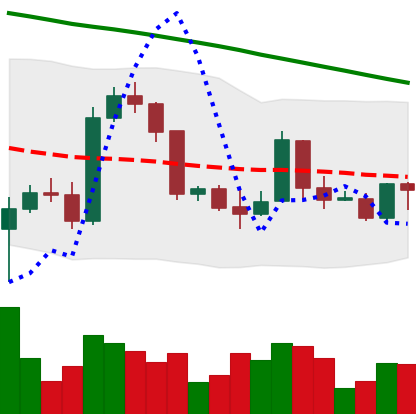
Ticker: BTC-USD
Chart end date: 2022-03-15
Forward return: 4.853%
Label: up_3_5